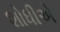
શોધીએ